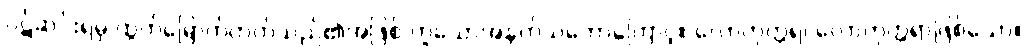
ဝဋ်ဆင်းရဲမှ ထွက်မြောက်တတ်သည်၏အဖြစ် ဟူသောအနက်သဘောကြောင့်။ လောကုတ္တရ၊ လောကုတ္တရာဖြစ်သော။